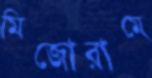
মিজোরামে